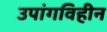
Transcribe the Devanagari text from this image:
उपांगविहीन